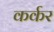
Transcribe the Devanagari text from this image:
कर्कर